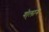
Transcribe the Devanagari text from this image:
गो्लान